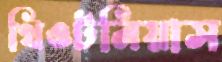
থিওটনিয়াস